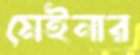
মেইনার